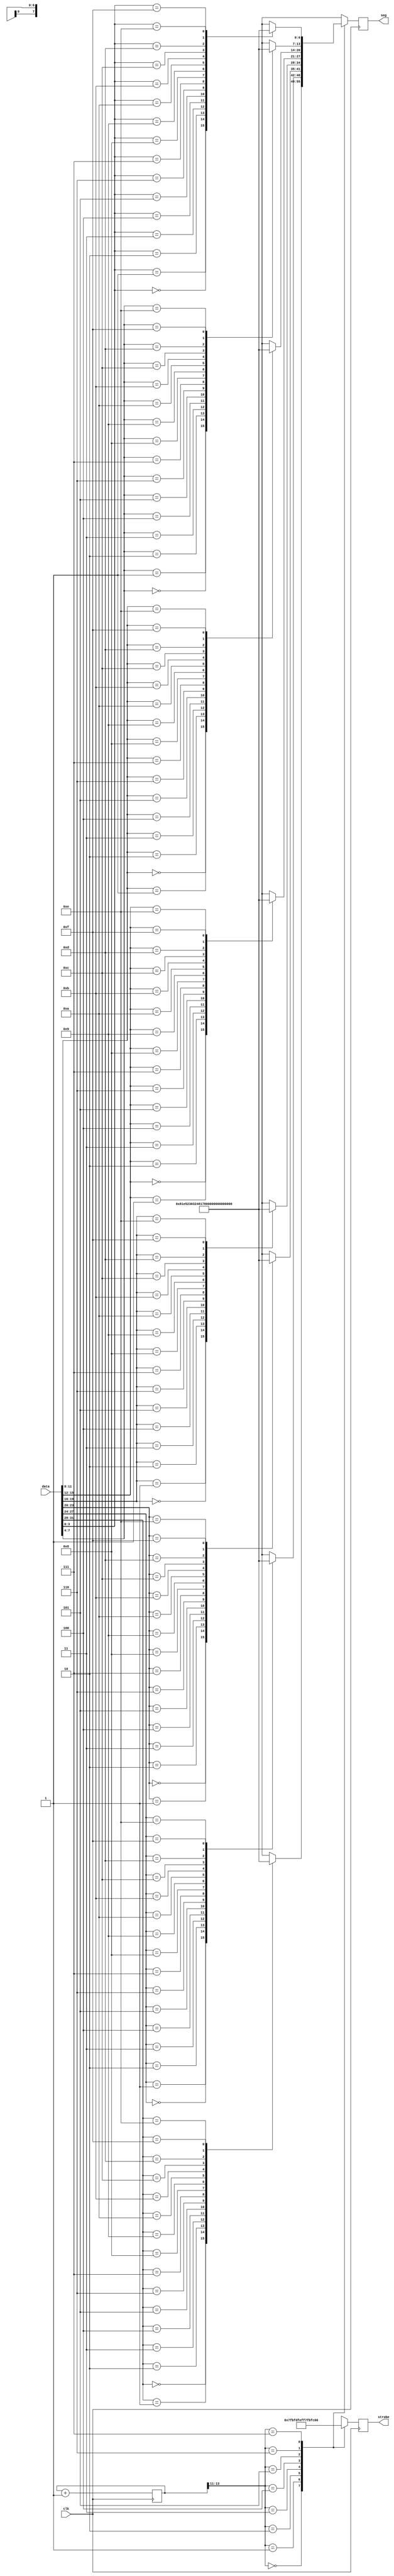
module display_8hex(
    input clk,                 // system clock
    input [31:0] data,         // 8 hex numbers, msb first
    output reg [6:0] seg,      // seven segment display output
    output reg [7:0] strobe    // digit strobe
    );

    localparam bits = 13;
     
    reg [bits:0] counter = 0;  // clear on power up
     
    wire [6:0] segments[15:0]; // 16 7 bit memorys
    assign segments[0]  = 7'b100_0000;
    assign segments[1]  = 7'b111_1001;
    assign segments[2]  = 7'b010_0100;
    assign segments[3]  = 7'b011_0000;
    assign segments[4]  = 7'b001_1001;
    assign segments[5]  = 7'b001_0010;
    assign segments[6]  = 7'b000_0010;
    assign segments[7]  = 7'b111_1000;
    assign segments[8]  = 7'b000_0000;
    assign segments[9]  = 7'b001_1000;
    assign segments[10] = 7'b000_1000;
    assign segments[11] = 7'b000_0011;
    assign segments[12] = 7'b010_0111;
    assign segments[13] = 7'b010_0001;
    assign segments[14] = 7'b000_0110;
    assign segments[15] = 7'b000_1110;
     
    always @(posedge clk) begin
      counter <= counter + 1;
      case (counter[bits:bits-2])
          3'b000: begin
                  seg <= segments[data[31:28]];
                  strobe <= 8'b0111_1111 ;
                 end

          3'b001: begin
                  seg <= segments[data[27:24]];
                  strobe <= 8'b1011_1111 ;
                 end

          3'b010: begin
                   seg <= segments[data[23:20]];
                   strobe <= 8'b1101_1111 ;
                  end
          3'b011: begin
                  seg <= segments[data[19:16]];
                  strobe <= 8'b1110_1111;        
                 end
          3'b100: begin
                  seg <= segments[data[15:12]];
                  strobe <= 8'b1111_0111;
                 end

          3'b101: begin
                  seg <= segments[data[11:8]];
                  strobe <= 8'b1111_1011;
                 end

          3'b110: begin
                   seg <= segments[data[7:4]];
                   strobe <= 8'b1111_1101;
                  end
          3'b111: begin
                  seg <= segments[data[3:0]];
                  strobe <= 8'b1111_1110;
                 end




       endcase
      end

endmodule